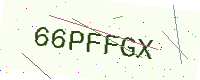
Text: 66PFFGX